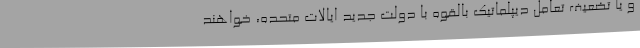
و یا تضعیف تعامل دیپلماتیک بالقوه با دولت جدید ایالات متحده، خواهند